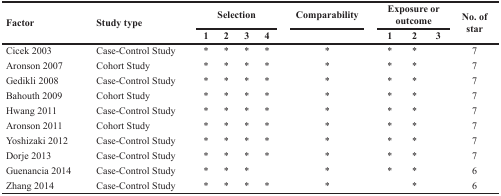
<table><thead><tr><td rowspan="2"><b>Factor</b></td><td rowspan="2"><b>Study type</b></td><td colspan="4"><b>Selection</b></td><td><b>Comparability</b></td><td colspan="3"><b>Exposure or outcome</b></td><td rowspan="2"><b>No. of star</b></td></tr><tr><td><b>1</b></td><td><b>2</b></td><td><b>3</b></td><td><b>4</b></td><td></td><td><b>1</b></td><td><b>2</b></td><td><b>3</b></td></tr></thead><tbody><tr><td>Cicek 2003</td><td>Case-Control Study</td><td>*</td><td>*</td><td>*</td><td>*</td><td>*</td><td>*</td><td>*</td><td></td><td>7</td></tr><tr><td>Aronson 2007</td><td>Cohort Study</td><td>*</td><td>*</td><td>*</td><td>*</td><td>*</td><td>*</td><td>*</td><td></td><td>7</td></tr><tr><td>Gedikli 2008</td><td>Case-Control Study</td><td>*</td><td>*</td><td>*</td><td>*</td><td>*</td><td>*</td><td>*</td><td></td><td>7</td></tr><tr><td>Bahouth 2009</td><td>Cohort Study</td><td>*</td><td>*</td><td>*</td><td>*</td><td>*</td><td>*</td><td>*</td><td></td><td>7</td></tr><tr><td>Hwang 2011</td><td>Case-Control Study</td><td>*</td><td>*</td><td>*</td><td>*</td><td>*</td><td>*</td><td>*</td><td></td><td>7</td></tr><tr><td>Aronson 2011</td><td>Cohort Study</td><td>*</td><td>*</td><td>*</td><td>*</td><td>*</td><td>*</td><td>*</td><td></td><td>7</td></tr><tr><td>Yoshizaki 2012</td><td>Case-Control Study</td><td>*</td><td>*</td><td>*</td><td>*</td><td>*</td><td>*</td><td>*</td><td></td><td>7</td></tr><tr><td>Dorje 2013</td><td>Case-Control Study</td><td>*</td><td>*</td><td>*</td><td>*</td><td>*</td><td>*</td><td>*</td><td></td><td>7</td></tr><tr><td>Guenancia 2014</td><td>Case-Control Study</td><td>*</td><td>*</td><td>*</td><td></td><td>*</td><td>*</td><td>*</td><td></td><td>6</td></tr><tr><td>Zhang 2014</td><td>Case-Control Study</td><td>*</td><td>*</td><td>*</td><td>*</td><td>*</td><td></td><td>*</td><td></td><td>6</td></tr></tbody></table>